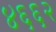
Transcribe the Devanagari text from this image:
४६६२